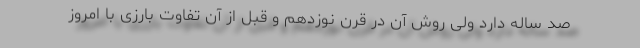
صد ساله دارد ولی روش آن در قرن نوزدهم و قبل از آن تفاوت بارزی با امروز